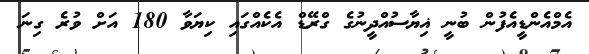
އެމްއެންޑީއެފުން ބުނީ ޣިޔާސުއްދީނުގެ ގްރޭޑް އެކެއްގައި ކިޔަވާ 180 އަށް ވުރެ ގިނަ